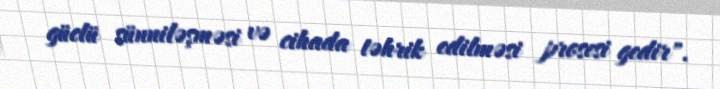
güclü sünniləşməsi və cihada təhrik edilməsi prosesi gedir".